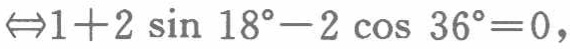
$\Leftrightarrow 1 + 2\sin18^{\circ}-2\cos36^{\circ}=0,$